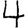
Digit: 4